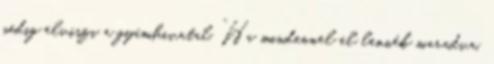
pedig elviszi a gyámhivatal. “Ha mindennel el lennék maradva,